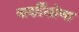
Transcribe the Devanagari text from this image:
बार्शीलोणा